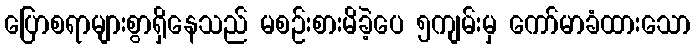
ပြောစရာများစွာရှိနေသည် မစဉ်းစားမိခဲ့ပေ ၅ကျမ်းမှ ကော်မာခံထားသော